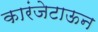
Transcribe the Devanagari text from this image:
कारंजेटाऊन